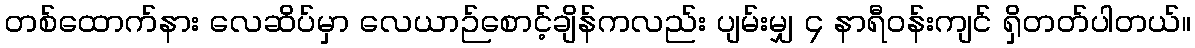
တစ်ထောက်နား လေဆိပ်မှာ လေယာဉ်စောင့်ချိန်ကလည်း ပျမ်းမျှ ၄ နာရီဝန်းကျင် ရှိတတ်ပါတယ်။